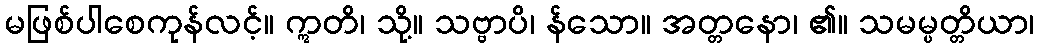
မဖြစ်ပါစေကုန်လင့်။ ဣတိ၊ သို့။ သဗ္ဗာပိ၊ န်သော။ အတ္တနော၊ ၏။ သမမ္ပတ္တိယာ၊